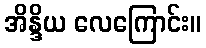
အိန္ဒိယ လေကြောင်း။